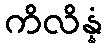
ကိလိန္နံ